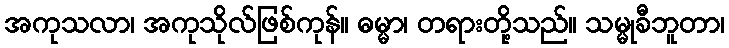
အကုသလာ၊ အကုသိုလ်ဖြစ်ကုန်။ ဓမ္မာ၊ တရားတို့သည်။ သမ္မုခီဘူတာ၊